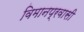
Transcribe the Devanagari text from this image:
विमानप्रवासी